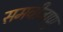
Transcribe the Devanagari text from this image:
समवीजाणु